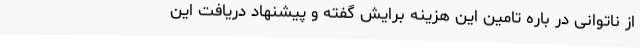
از ناتوانی در باره تامین این هزینه برایش گفته و پیشنهاد دریافت این